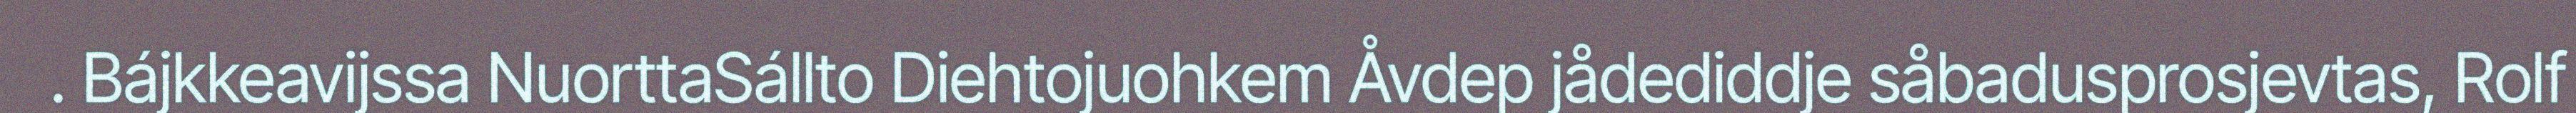
. Bájkkeavijssa NuorttaSállto Diehtojuohkem Åvdep jådediddje såbadusprosjevtas, Rolf